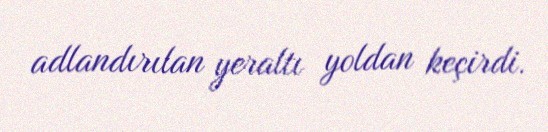
adlandırılan yeraltı yoldan keçirdi.